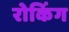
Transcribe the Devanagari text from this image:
रोकिंग